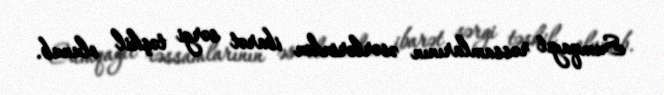
Sumqayıt rəssamlarının əsərlərindən ibarət sərgi təşkil olunub.